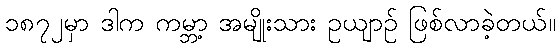
၁၈၇၂မှာ ဒါက ကမ္ဘာ့ အမျိုးသား ဥယျာဉ် ဖြစ်လာခဲ့တယ်။